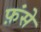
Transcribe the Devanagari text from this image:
फ़ंसे